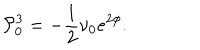
LaTeX: { \cal P } _ { 0 } ^ { 3 } = - \frac { 1 } { 2 } \nu _ { 0 } e ^ { 2 \phi } .